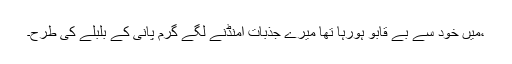
،میں خود سے بے قابو ہورہا تھا میرے جذبات امنڈنے لگے گرم پانی کے بلبلے کی طرح۔